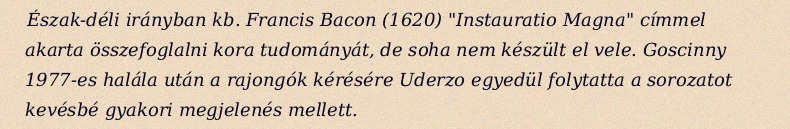
Észak-déli irányban kb. Francis Bacon (1620) "Instauratio Magna" címmel akarta összefoglalni kora tudományát, de soha nem készült el vele. Goscinny 1977-es halála után a rajongók kérésére Uderzo egyedül folytatta a sorozatot kevésbé gyakori megjelenés mellett.